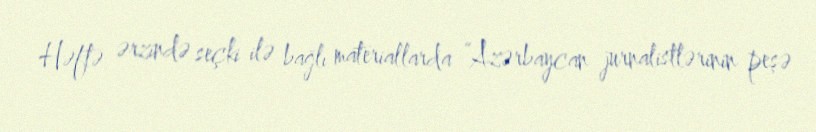
Həftə ərzində seçki ilə bağlı materiallarda “Azərbaycan jurnalistlərinin peşə